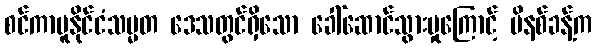
စင်ကာပူနိုင်ငံသမ္မတ ဒေသတွင်ရှိသော ခေါ်ဆောင်သွားမှုကြောင့် မိနစ်ခန့်က